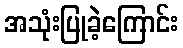
အသုံးပြုခဲ့ကြောင်း